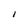
Character: I